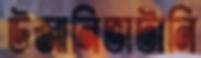
উজানিভাটানি